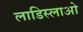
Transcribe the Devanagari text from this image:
लाडिस्लाओ